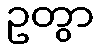
ဥတွာ